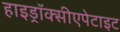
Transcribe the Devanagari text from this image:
हाइड्रॉक्सीएपेटाइट